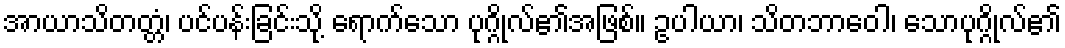
အာယာသိတတ္တံ၊ ပင်ပန်းခြင်းသို့ ရောက်သော ပုဂ္ဂိုလ်၏အဖြစ်။ ဥပါယာ၊ သိတဘာဝေါ၊ သောပုဂ္ဂိုလ်၏